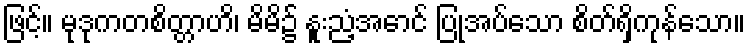
ဖြင့်။ မုဒုကတစိတ္တာဟိ၊ မိမိ၌ နူးညံ့အောင် ပြုအပ်သော စိတ်ရှိကုန်သော။